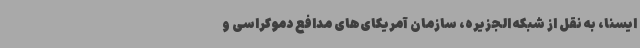
ایسنا، به نقل از شبکه الجزیره، سازمان آمریکای‌های مدافع دموکراسی و